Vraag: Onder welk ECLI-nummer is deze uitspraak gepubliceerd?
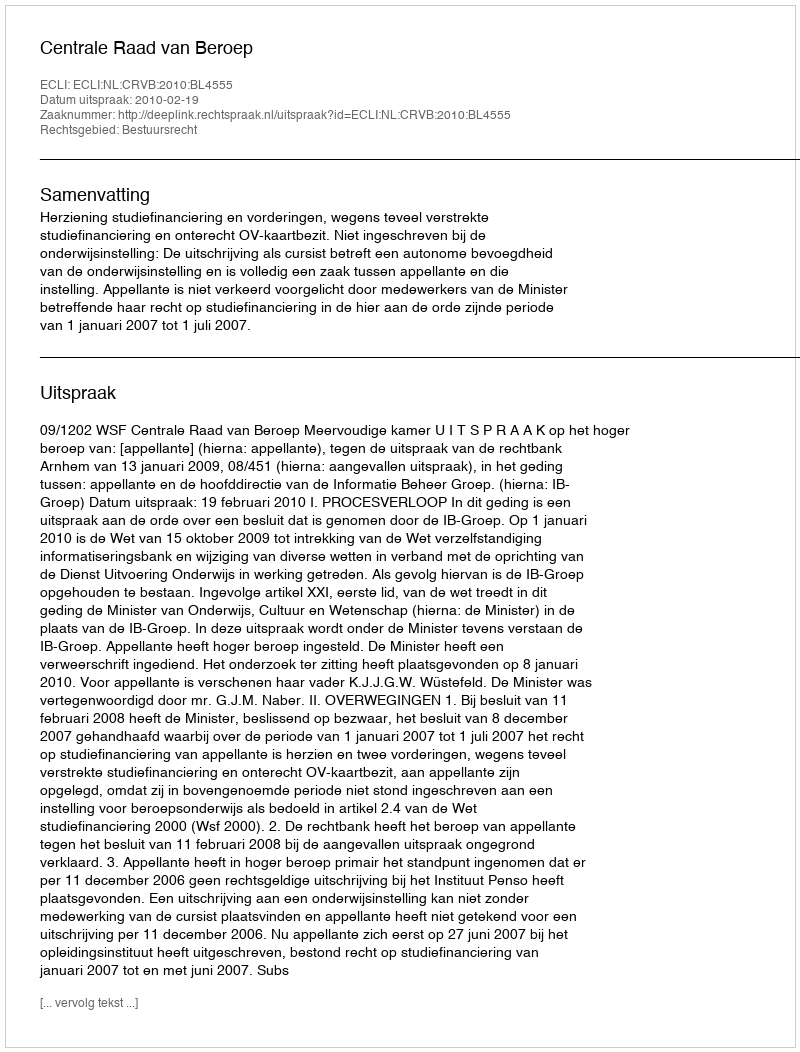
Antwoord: ECLI:NL:CRVB:2010:BL4555